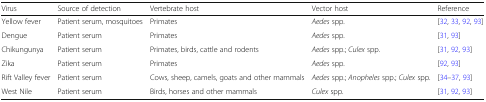
<table><thead><tr><td><b>Virus</b></td><td><b>Source of detection</b></td><td><b>Vertebrate host</b></td><td><b>Vector host</b></td><td><b>Reference</b></td></tr></thead><tbody><tr><td>Yellow fever</td><td>Patient serum, mosquitoes</td><td>Primates</td><td><i>Aedes</i> spp.</td><td>[32, 33, 92, 93]</td></tr><tr><td>Dengue</td><td>Patient serum</td><td>Primates</td><td><i>Aedes</i> spp.</td><td>[31, 93]</td></tr><tr><td>Chikungunya</td><td>Patient serum</td><td>Primates, birds, cattle and rodents</td><td><i>Aedes</i> spp.; <i>Culex</i> spp.</td><td>[31, 92, 93]</td></tr><tr><td>Zika</td><td>Patient serum</td><td>Primates</td><td><i>Aedes</i> spp.</td><td>[92, 93]</td></tr><tr><td>Rift Valley fever</td><td>Patient serum</td><td>Cows, sheep, camels, goats and other mammals</td><td><i>Aedes</i> spp.; <i>Anopheles</i> spp.; <i>Culex</i> spp.</td><td>[34–37, 93]</td></tr><tr><td>West Nile</td><td>Patient serum</td><td>Birds, horses and other mammals</td><td><i>Culex</i> spp.</td><td>[31, 92, 93]</td></tr></tbody></table>